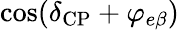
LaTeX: \cos(\delta_{\mathrm{CP}}+\varphi_{e\beta})